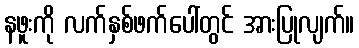
နဖူးကို လက်နှစ်ဖက်ပေါ်တွင် အားပြုလျက်။